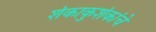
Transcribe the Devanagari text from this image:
शंकाकुशंकांचे